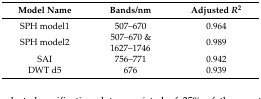
<table><thead><tr><td><b>Model Name</b></td><td><b>Bands/nm</b></td><td><b>Adjusted <i>R</i><sup>2</sup></b></td></tr></thead><tbody><tr><td>SPH model1</td><td>507–670</td><td>0.964</td></tr><tr><td>SPH model2</td><td>507–670 &amp; 1627–1746</td><td>0.989</td></tr><tr><td>SAI</td><td>756–771</td><td>0.942</td></tr><tr><td>DWT d5</td><td>676</td><td>0.939</td></tr></tbody></table>